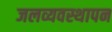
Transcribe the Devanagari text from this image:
जलव्यवस्थापन